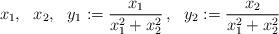
LaTeX: \begin{align*}x_1, ~~x_2,~~ y_1:= \frac{x_1}{x_1^2+x_2^2}\,,~~y_2:=\frac{x_2}{x_1^2+x_2^2}\end{align*}